Document type: Sale
Year: 1435
Scribe: Pere Soler
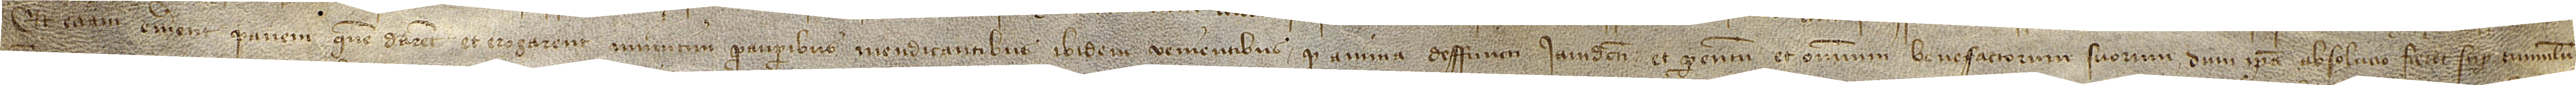
et etiam emerent panem quem darent et erogarent [...]tim pauperibus mendicantibus ibidem venientibus quod anima deffuncti iamdicti et parentum et omnium benefactorum suorum dum ipsa absolucio fierit super tumulum